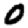
Digit: 0